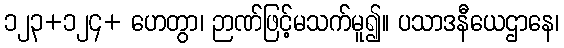
၁၂၃+၁၂၄+ ဟေတွာ၊ ဉာဏ်ဖြင့်မသက်မူ၍။ ပသာဒနီယေဌာနေ၊